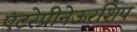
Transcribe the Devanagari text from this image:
एंटरेप्रीनेऊरशिप